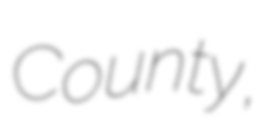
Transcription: County,